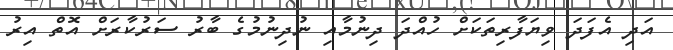
އަދި އެފަދަ ވިޔަފާރިތަކަށް ހުއްދަ ދިނުމާއި ނުދިނުމުގެ ބާރު ސަރުކާރަށް އޮތް އިރު